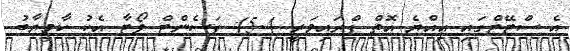
އެ ސްޓޭޓްގައި އިއްޔެ އޮތް ޕްރައިމަރީ 45.4 ޕަސެންޓް ވޯޓާ އެކު ކާމިޔާބު